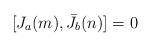
LaTeX: \begin{align*}[ J_a(m), \bar J_b (n)] = 0\end{align*}